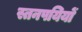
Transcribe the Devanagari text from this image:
स्तनपयियों